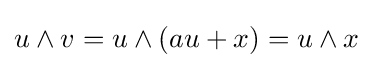
u\wedge v=u\wedge (au+x)=u\wedge x